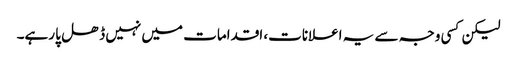
لیکن کسی وجہ سے یہ اعلانات، اقدامات میں نہیں ڈھل پا رہے۔